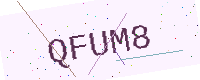
Text: QFUM8